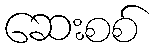
ဆေးစစ်